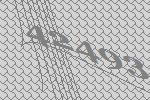
42493